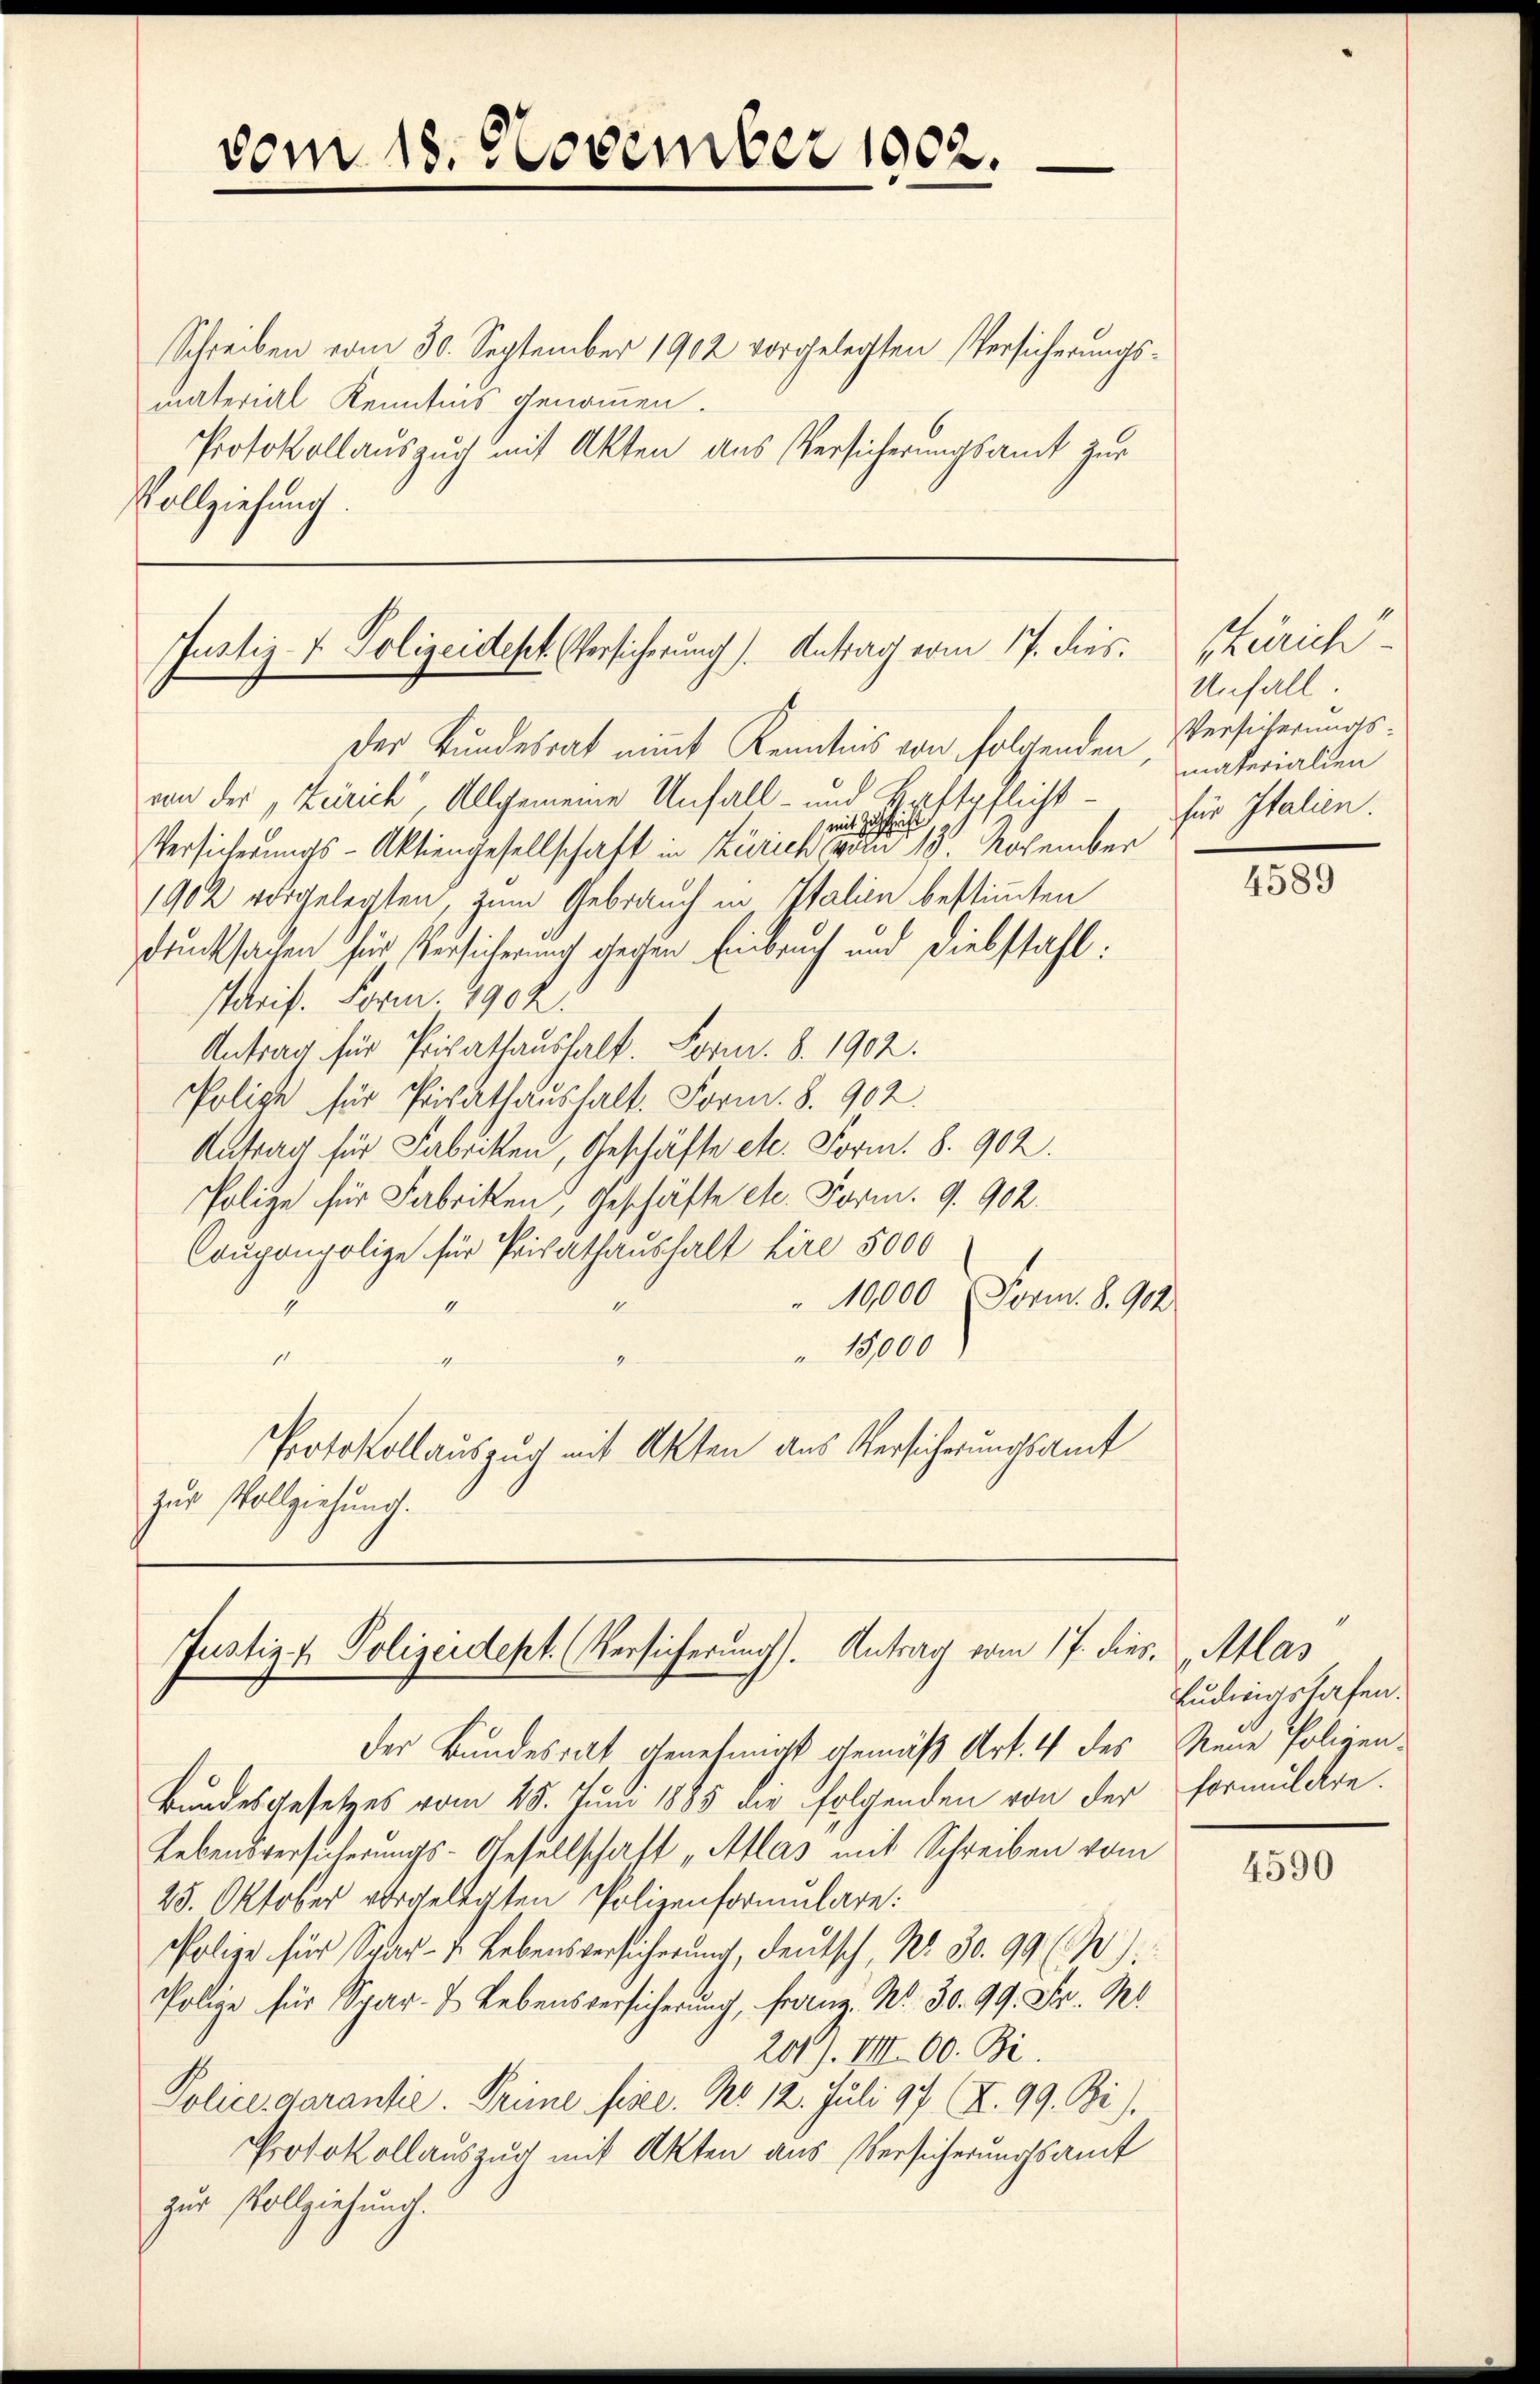
vom 18. November 1902.

Justiz- & Polizeidest. Versicherung). Antrag vom 17. dies

Justiz- & Polizeidept. (Versicherung). Antrag vom 17. dies Atlas

Schreiben vom 30. September 1902 vorgelegten Versicherungsmaterial Kenntnis genommen.
Protokollauszug mit Akten aus Versicherungsamt zur
Vollziehung.

Der Bundesrat nimmt Kenntnis von folgenden, materiallen
von der, Zürich Allgemeine Unfall- und Haftpflicht¬
Versicherungs-Aktiengesellschaft in Züricht eine einer 1. November
1902 vorgelegten, zum Gebrauch in Italien bestimmten
drucksachen für Versicherung gegen Einbruch und Diebstahl:
starif. Form. 1902.
Antrag für Privathaushalt. Form. 8. 1902.
Polize für Privathaushalt. Form. 8. 902.
Antrag für Fabriken, Geschäfte etc. Form. §. 902.
Polize für Fabriken, Geschäfte etc. Form. 9. 902.
Couponpolize für Privathaushalt hire 5000
10,000 Form. S. 904
1
" 13,000
4
4
Protokollauszug mit Akten aus Versicherungsamt
zur Vollziehung.

der Bundesrat genehmigt gemäß Art. 4 des Neue Polizen¬
Bundesgesetzes vom 28. Juni 1885 die folgenden von der Formulare.
Lebensversicherungs-Gesellschaft „Atlas mit Schreiben vom
25. Oktober vorgelegten Polizenformulare:
Polize für Spar- 4. Lebensversicherŭng, deutsch, No. 30. 99 (2).
Polize für Spar- u Lebensversicherung, Franz. Nr. 30. 99. Fr. R
Police darantie. Trime fise. No 12. Juli 97 (Z. 99. Bi).
Protokollauszug mit Akten aus Versicherungsamt
zur Vollziehung.

201). VIII 60. Bi

Zürich
Unfall
Versicherungs-
für Italien.

4589

Ludingshafen.

4590